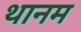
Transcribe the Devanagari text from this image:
थानम